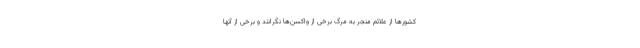
کشورها از علائم منجر به مرگ برخی از واکسن‌ها نگرانند و برخی از آنها